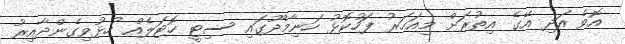
އޮވެ އަދި އޭގެ އިތުރަށް މިއަހަރު ފަހުކޮޅު ހަނިމާދޫގައި ސިޓީ ހޮޓަލެއް ހުޅުވިގެންދާއިރު